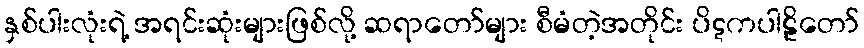
နှစ်ပါးလုံးရဲ့ အရင်းဆုံးများဖြစ်လို့ ဆရာတော်များ စီမံတဲ့အတိုင်း ပိဋကပါဠိတော်